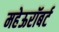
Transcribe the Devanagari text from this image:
महेऊरॉबर्ट